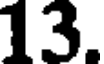
13.